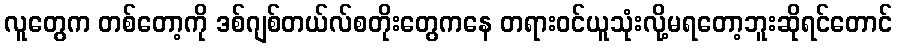
လူတွေက တစ်တော့ကို ဒစ်ဂျစ်တယ်လ်စတိုးတွေကနေ တရားဝင်ယူသုံးလို့မရတော့ဘူးဆိုရင်တောင်